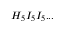
H _ { 5 } I _ { 5 } I _ { 5 } . . .